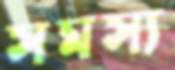
সমস্য